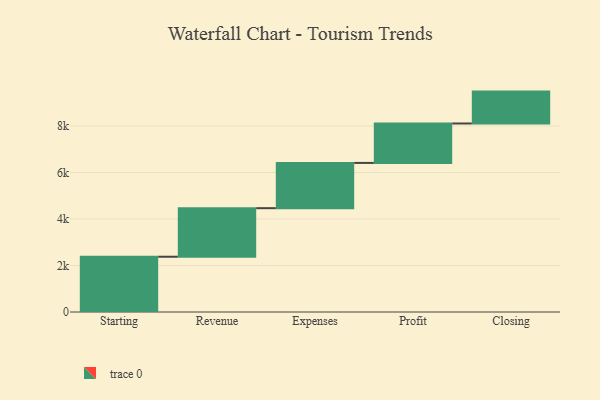
{"axis": {"x": "Step", "y": "Value"}, "legend": [""], "data": [{"x": "Starting", "y": 2377.0, "type": ""}, {"x": "Revenue", "y": 2088.0, "type": ""}, {"x": "Expenses", "y": 1946.0, "type": ""}, {"x": "Profit", "y": 1696.0, "type": ""}, {"x": "Closing", "y": 1371.0, "type": ""}]}